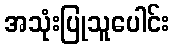
အသုံးပြုသူပေါင်း